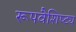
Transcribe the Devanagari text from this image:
रूपवैशिष्ट्य